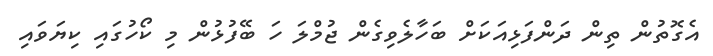
އެގޮތުން ތިން ދަންފަޅިއަކަށް ބަހާލެވިގެން ޖުމްލަ ހަ ބޭފުޅުން މި ކޯހުގައި ކިޔަވައި